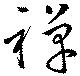
禅